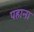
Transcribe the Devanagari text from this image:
पहाना